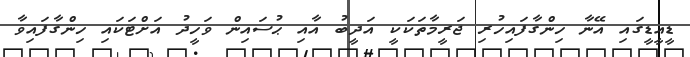
ޑީއީޑީގައި އޭނާ ހިންގާފައިހުރި ޖަރީމާތަކަކީ އަދީބު އާއި ޙުސައިން ވަހީދު އަށްޓަކައި ހިންގާފައިވާ